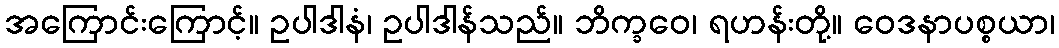
အကြောင်းကြောင့်။ ဥပါဒါနံ၊ ဥပါဒါန်သည်။ ဘိက္ခဝေ၊ ရဟန်းတို့။ ဝေဒနာပစ္စယာ၊